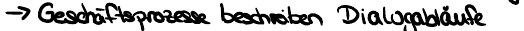
-> Geschäftsprozesse beschreiben Dialogabläufe